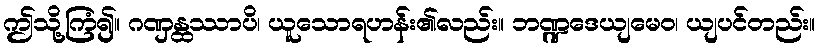
ဤသို့ကြံ၍။ ဂဏှန္ထဿာပိ၊ ယူသောရဟန်း၏လည်း။ ဘဏ္ဍဒေယျမေဝ၊ ယျပင်တည်း။